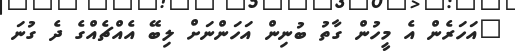
"އަހަރެން އެ މީހުން ގާތު ބުނިން އަހަންނަށް ލިބޭ އެއްޗެއްގެ ދެ ގުނަ